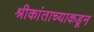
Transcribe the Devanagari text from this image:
श्रीकांताच्याकडून